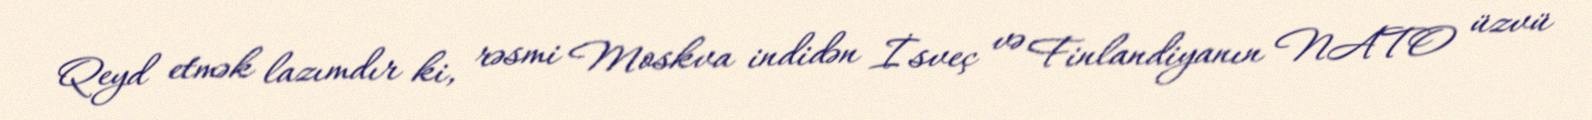
Qeyd etmək lazımdır ki, rəsmi Moskva indidən İsveç və Finlandiyanın NATO üzvü